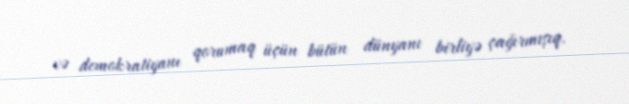
və demokratiyanı qorumaq üçün bütün dünyanı birliyə çağırmışıq.